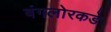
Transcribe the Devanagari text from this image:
बंगलोरकडे